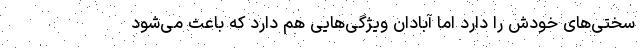
سختی‌های خودش را دارد اما آبادان ویژگی‌هایی هم دارد که باعث می‌شود